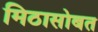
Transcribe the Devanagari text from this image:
मिठासोबत